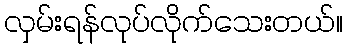
လှမ်းရန်လုပ်လိုက်သေးတယ်။